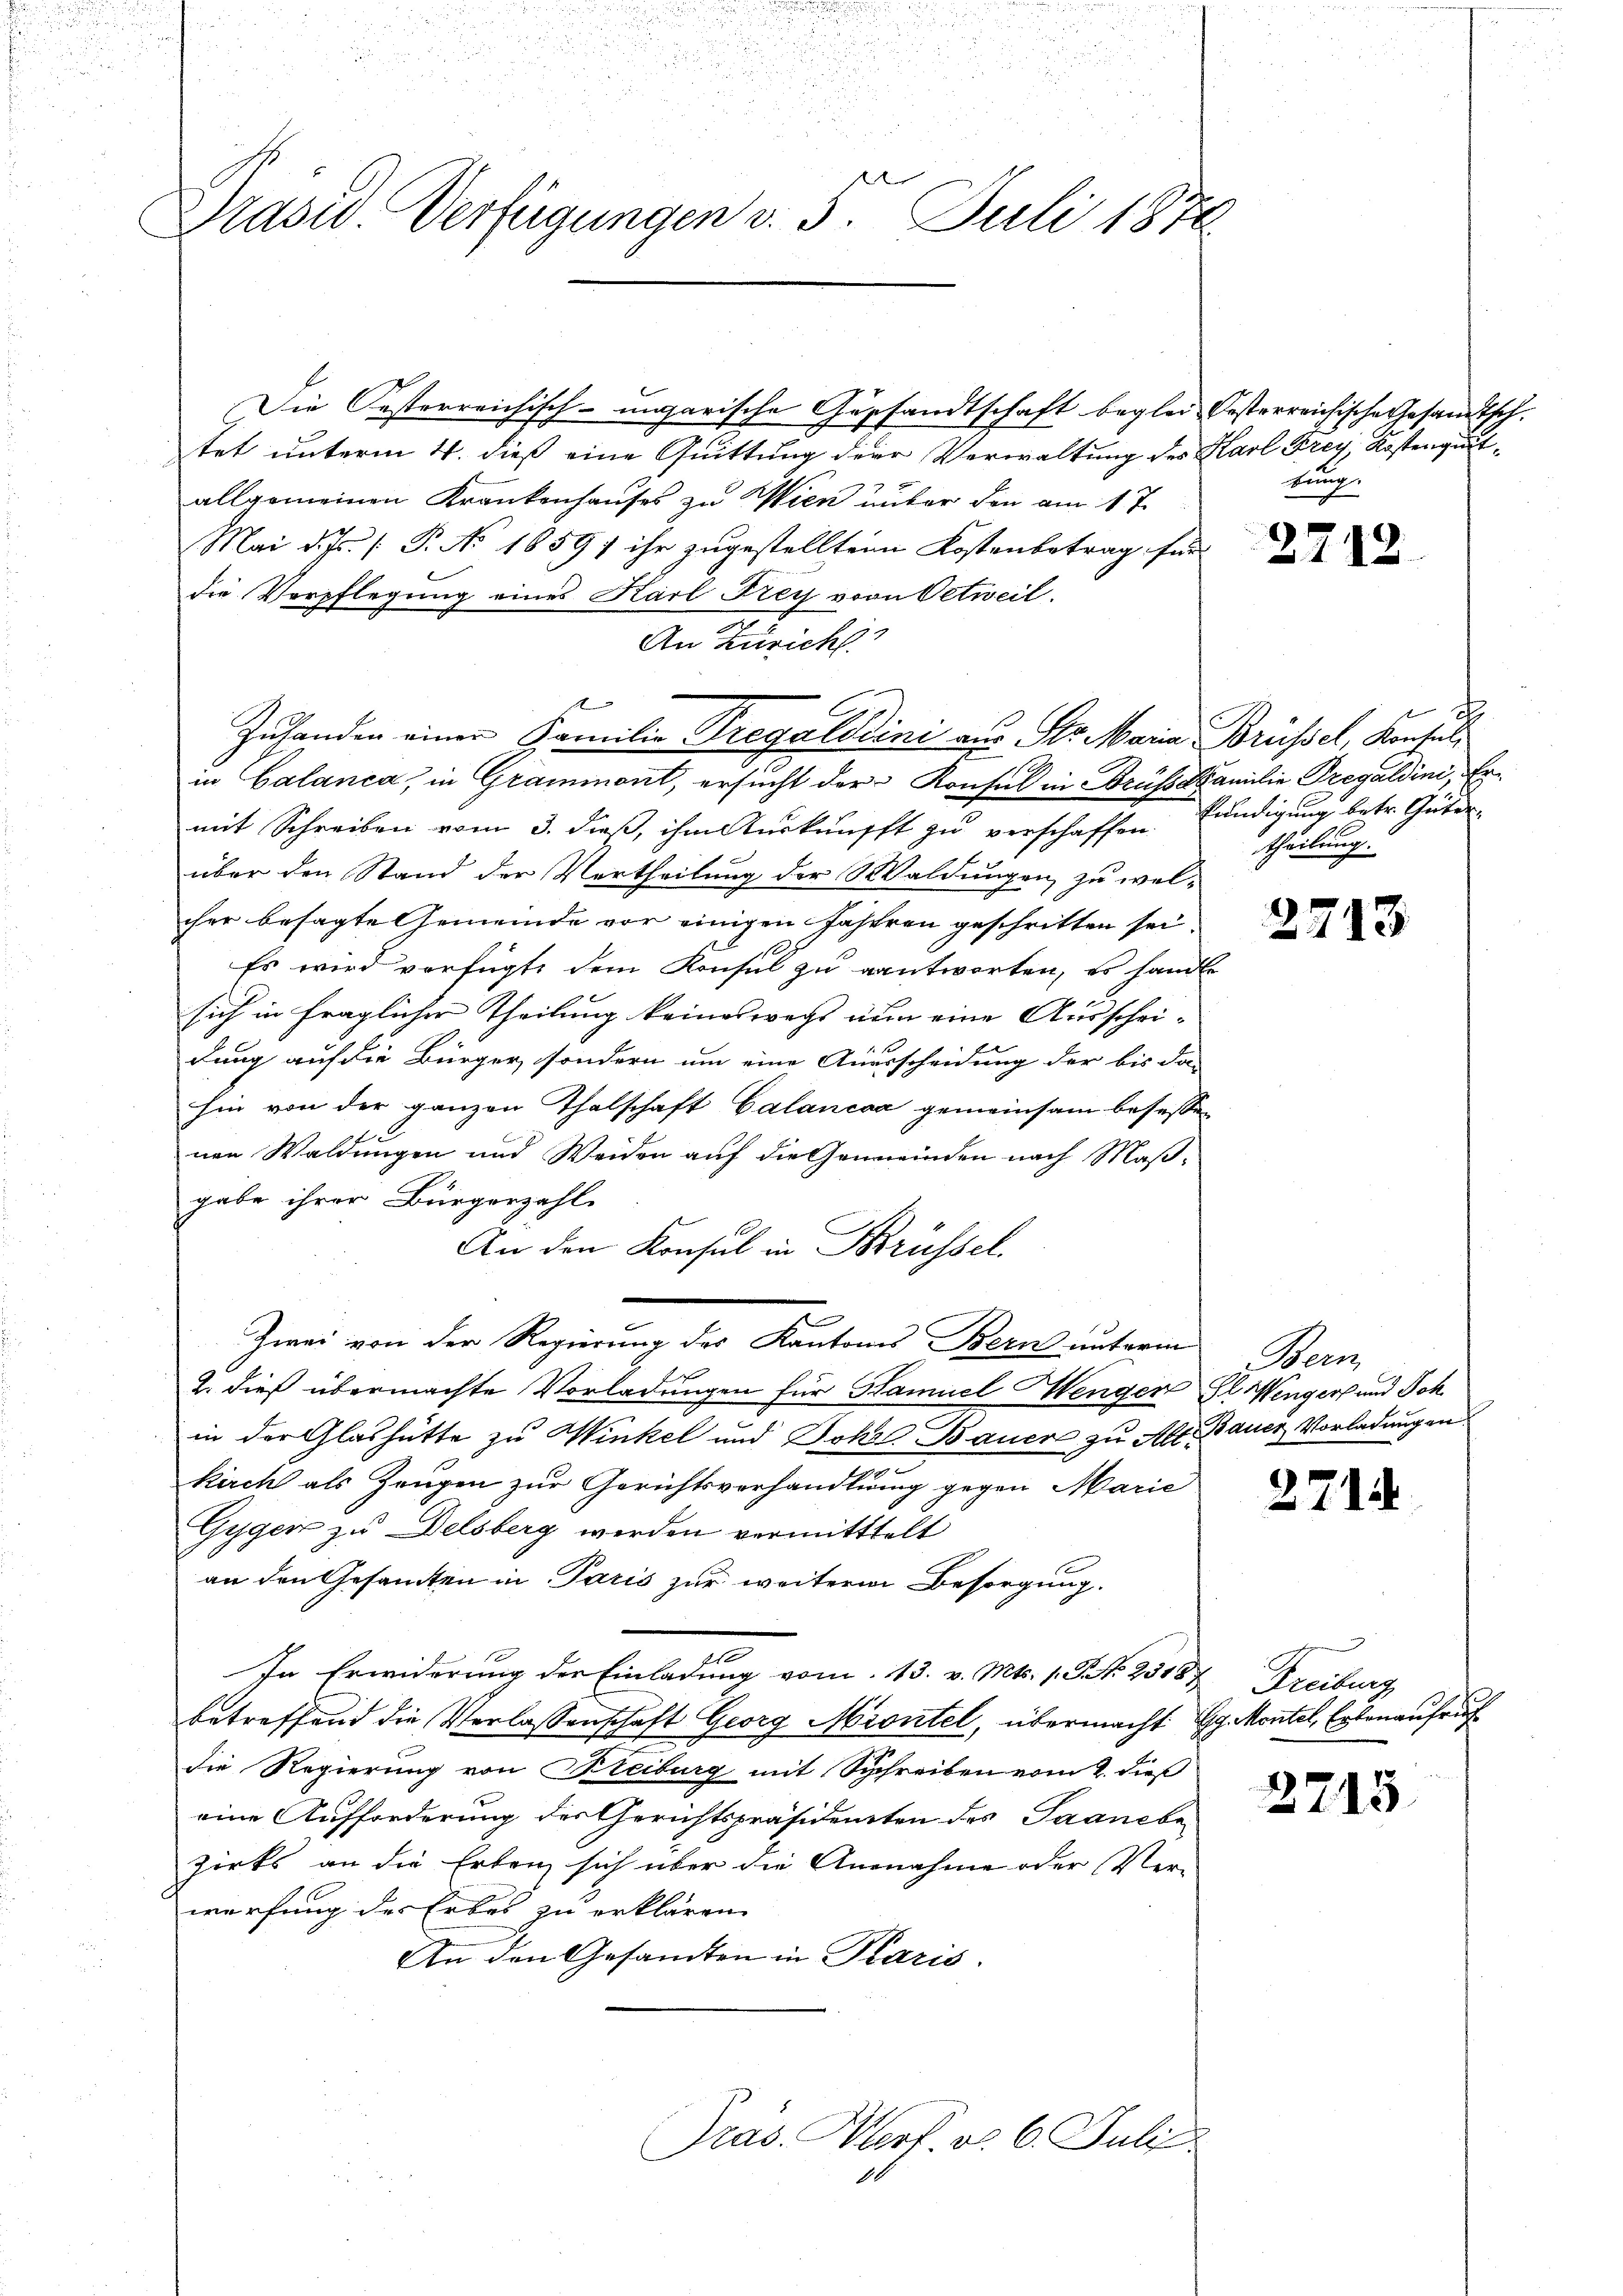
e
Prasw. Verfügungen v. 3. Juli 1870

tet unterm 4. dieß eine Quittung der Verwaltung des Karl Frey, Kostengutallgemeinen Krankenhauses zu Wien unter den am 17.
Mai d. Js. (T. No. 1859; ihr zugestellten Kostenbetrag für
die Verpflegung eines Karl Frey von Oetweil.
An Zürich
in Calanca, in Grammont, ersucht der Konsul in Bruss Familie Pregaldini, Ermit Schreiben vom 3. dieß, ihm urknüpft zu verschaffen.
über den Stand der Vertheilung der Waldungen zu welcher besagte Gemeinde vor einigen Jahren geschritten sei.
Es wird verfügte dem Konsul zu antworten, es handle
sich in fraglicher Theilung keineswegs nun eine Ausscheidung auf die Bürger, sondern um eine Ausscheidung der bis da-
hin von der ganzen Thalschaft Calancsa gemeinsam besessen
nen Waldungen und Weiden auf die Gemeinden nach Maßgabe ihrer Bürgerzahl
An den Konsul in Brüssel.
Zwei von der Regierung des Kantons Bern unterm
2. dieß übermachte Vorladungen für Samuel Wengen Gl. Wenger und Sch
in der Glashütte zu Winkel und Jokić Bauer zu Alle Bauer Vorladung an
kirch als Zeugen zur Gerichtsverhandlung gegen Marie
Gyger zu Delsberg werden vermitttelt
an den Gesandten in Paris zur weitere Besorgung.
In Erwiderung der Einladung vom 13. v. Mts. 1. Frk. 25187 Freiburg
betreffend die Verlassenschaft Georg Miontel, übermacht Gg Montel, Erbenaufruf
die Regierung von Bleiburg mit Schreiben vom 2. dieß
eine Aufforderung der Gerichtspräsidenten des Saanebe
zirks an die Erbenz sich über die Ausnahme oder Ver-
werfung des Erbes zu erklären.
An den Gesandten in Paris.
Präs. Verf. v. 6. Juli
0

d
Zuhanden einer Familie Pregalddini aus Str. Maria Brüssel, Konsuls

Die Oesterreichisch-ungarische Geschandtschaft beglei besterreichische Gesandtsch.

tung.

2712.

c
kundigung betr. Güter
theilung.

2713

Wein

2714

2715